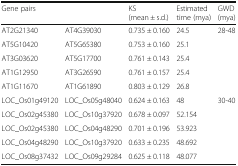
| <COLSPAN=2> Gene pairs | KS (mean ± s.d.) | Estimated time (mya) | GWD (mya) |
 | --- | --- | --- | --- | --- |
 | AT2G21340 | AT4G39030 | 0.735 ± 0.160 | 24.5 | 28-48 |
 | AT5G10420 | AT5G65380 | 0.753 ± 0.160 | 25.1 |  |
 | AT3G03620 | AT5G17700 | 0.761 ± 0.143 | 25.4 |  |
 | AT1G12950 | AT3G26590 | 0.761 ± 0.157 | 25.4 |  |
 | AT1G11670 | AT1G61890 | 0.803 ± 0.129 | 26.8 |  |
 | LOC_Os01g49120 | LOC_Os05g48040 | 0.624 ± 0.163 | 48 | 30-40 |
 | LOC_Os02g45380 | LOC_Os10g37920 | 0.678 ± 0.097 | 52.154 |  |
 | LOC_Os02g45380 | LOC_Os04g48290 | 0.701 ± 0.196 | 53.923 |  |
 | LOC_Os04g48290 | LOC_Os10g37920 | 0.633 ± 0.235 | 48.692 |  |
 | LOC_Os08g37432 | LOC_Os09g29284 | 0.625 ± 0.118 | 48.077 |  |